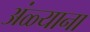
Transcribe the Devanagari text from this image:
अंळ्याना